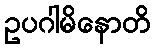
ဥပဂါမိနောတိ